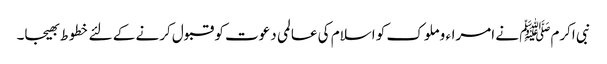
نبی اکرمﷺ نے امراء و ملوک کو اسلام کی عالمی دعوت کو قبول کرنے کے لئے خطوط بھیجا۔